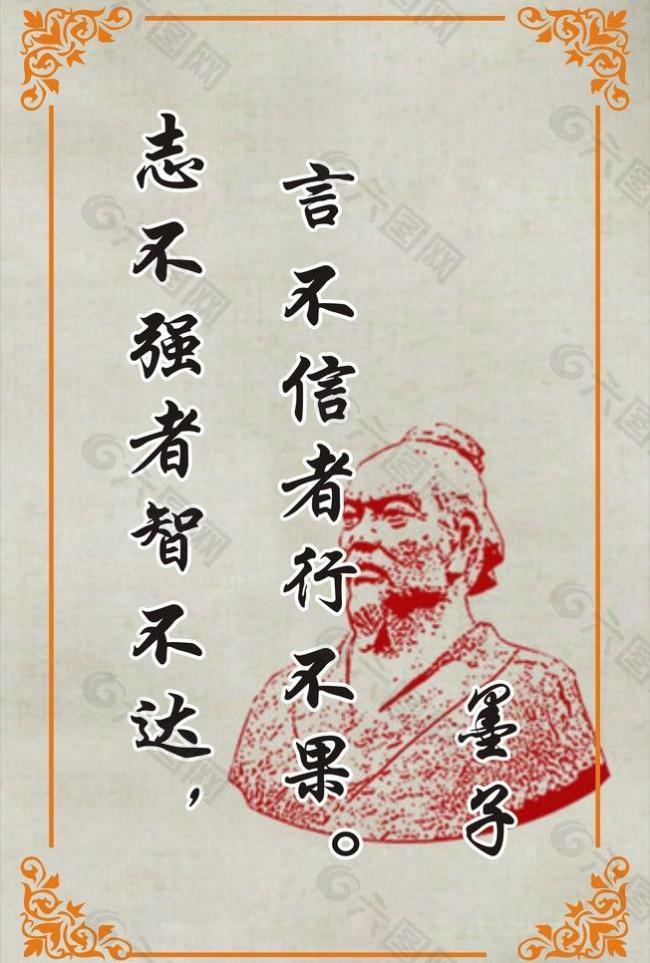
志不强者智不达。